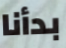
بدأنا